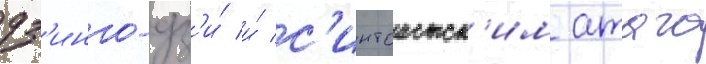
дз'инго-дз'и́ и́ с'интоистск'им атаго